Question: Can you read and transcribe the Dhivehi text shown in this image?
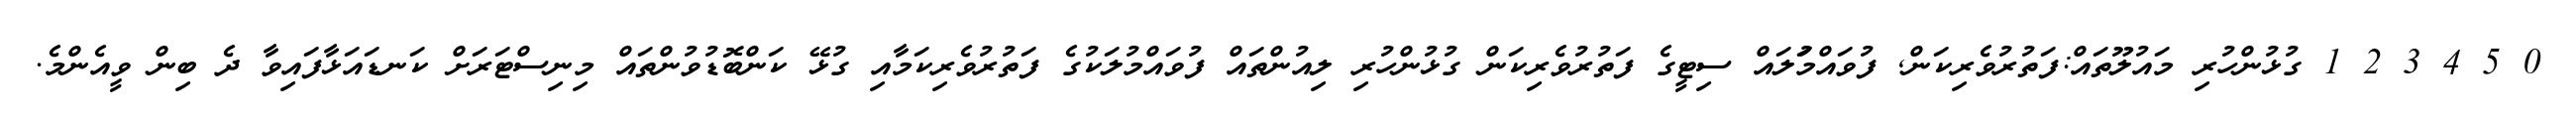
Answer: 0 5 4 3 2 1 ގުޅުންހުރި މައުލޫތައް:ފަތުރުވެރިކަން, ފުވައްމުަލައް ސިޓީގެ ފަތުރުވެރިކަން ގުޅުންހުރި ލިއުންތައް ފުވައްމުލަކުގެ ފަތުރުވެރިކަމާއި ގުޅޭ ކަންބޮޑުވުންތައް މިނިސްޓަރަށް ކަނޑައަޅާފައިވާ ދެ ބިން ވީއެންމެ.